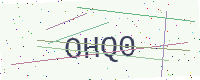
Text: OHQ0